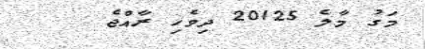
މަގު މާލެ 20125 ދިވެހި ރާއްޖެ